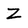
Character: Z